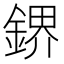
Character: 鎅